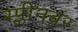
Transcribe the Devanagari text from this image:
स्प्लीनवर